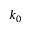
k _ { 0 }